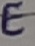
Text: E